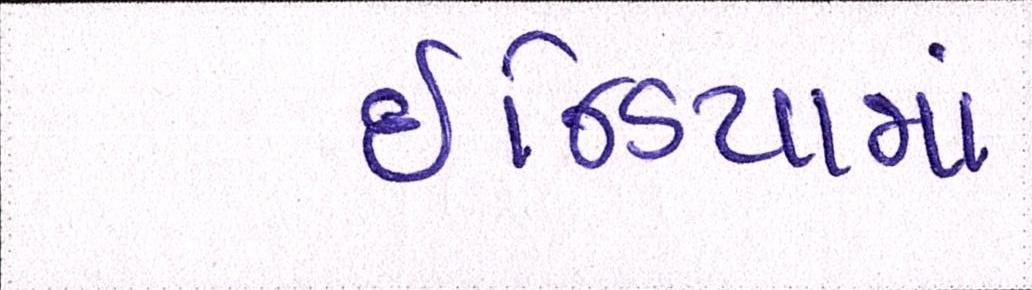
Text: ઇન્ડિયામાં